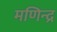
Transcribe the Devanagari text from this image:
मणिन्द्र